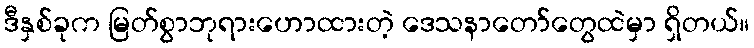
ဒီနှစ်ခုက မြတ်စွာဘုရားဟောထားတဲ့ ဒေသနာတော်တွေထဲမှာ ရှိတယ်။